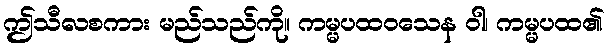
ဤသီလစကား မည်သည်ကို။ ကမ္မပထဝသေန ဝါ၊ ကမ္မပထ၏